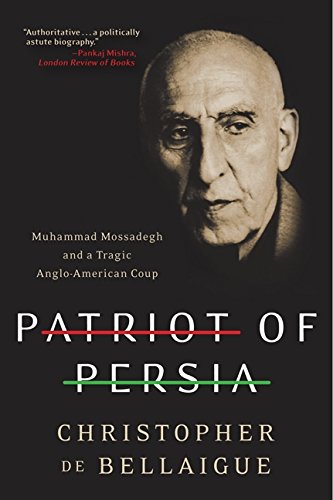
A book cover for Patriot of Persia: Muhammad Mossadegh and a Tragic Anglo-American Coup; Christopher de Bellaigue; Biographies & Memoirs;